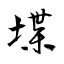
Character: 堞